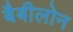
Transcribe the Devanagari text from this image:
बैबीलोन